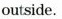
outside.